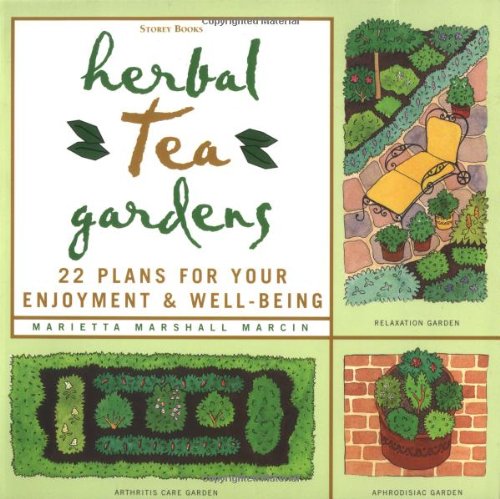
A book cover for Herbal Tea Gardens: 22 Plans for Your Enjoyment & Well-Being; Marietta Marshall Marcin; Cookbooks, Food & Wine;